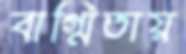
বাগ্মিতায়